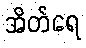
အိတ်ရေ